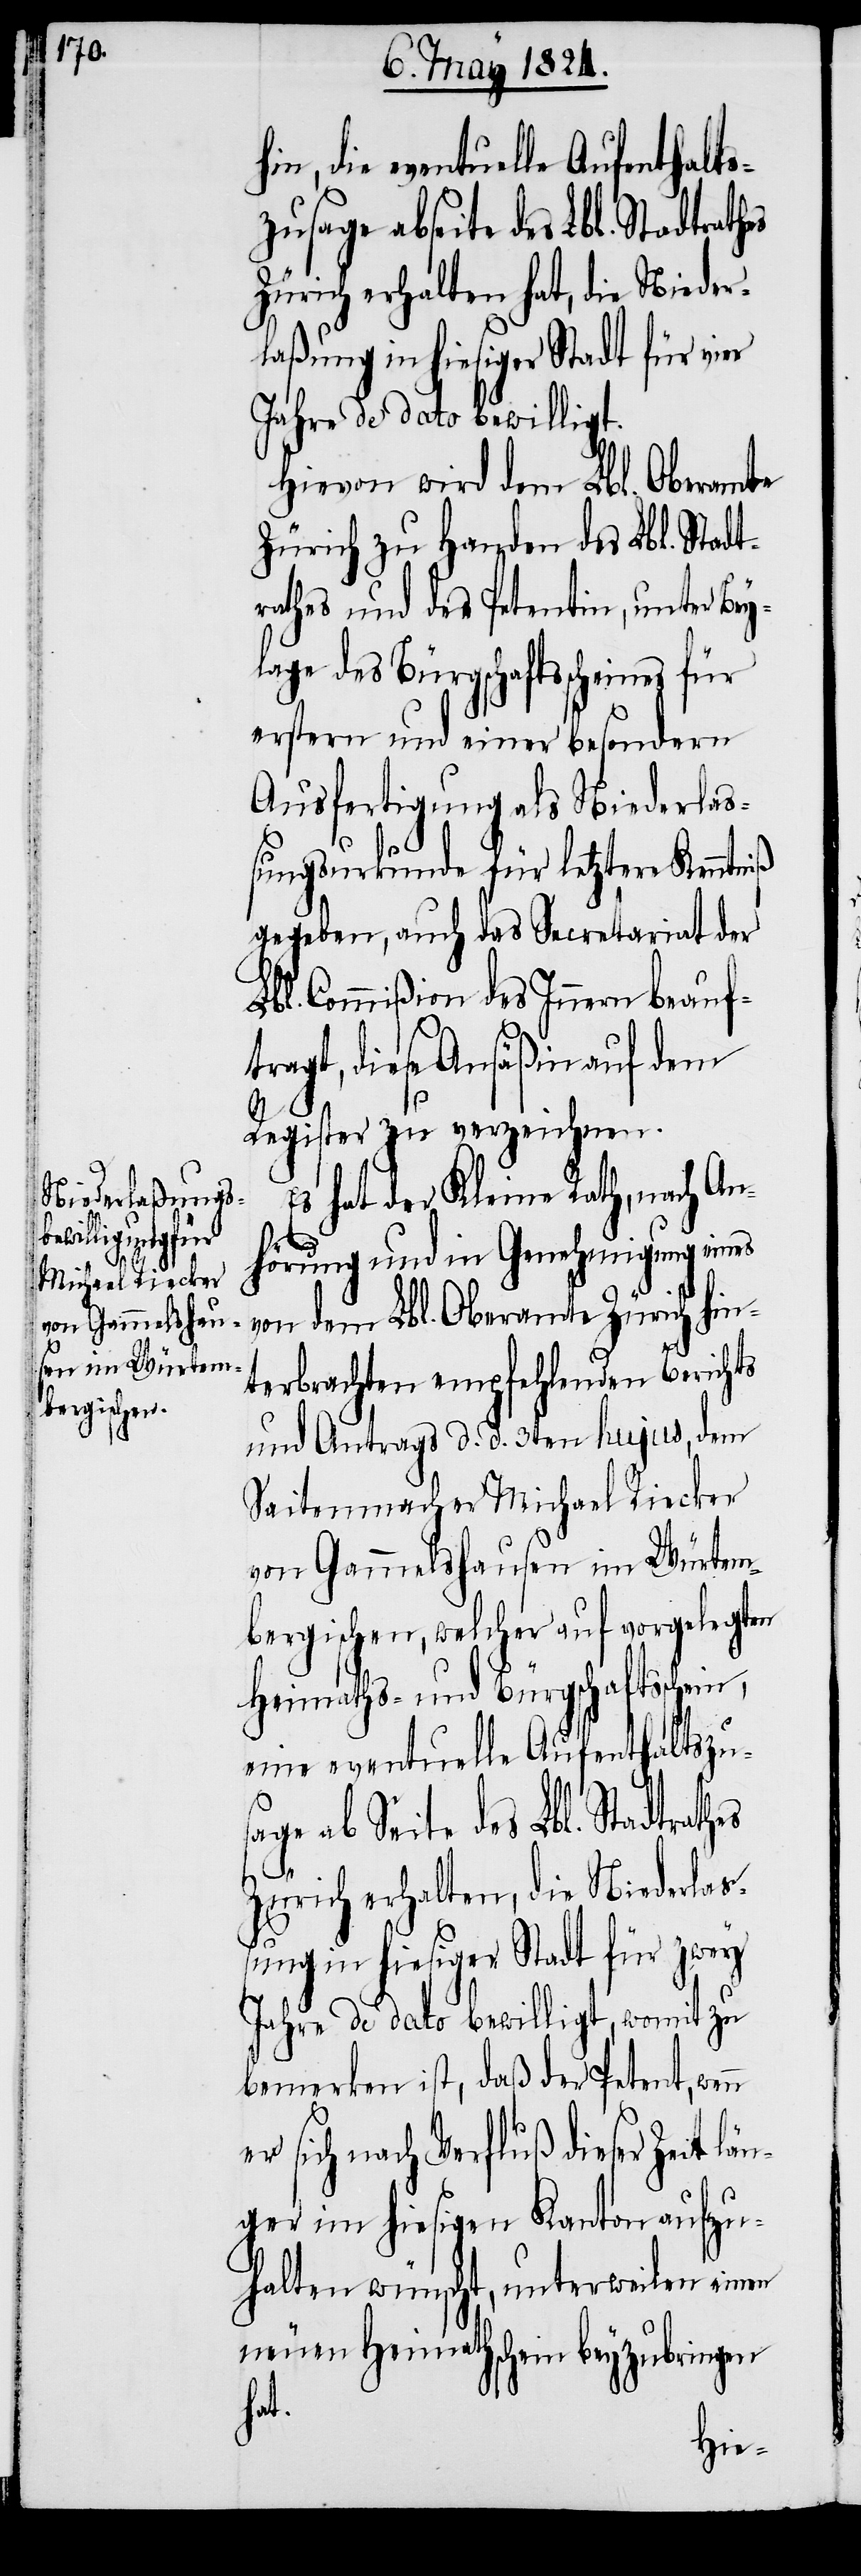
hin, die eventuelle Aufenthalt¬
Zürich erhalten hat, die Nieder¬
laßung in hiesiger Stadt für vier
Jahre de dato bewilligt.
Hievon wird dem Lbl. Oberamte
Zürich zu Handen des Lbl. Stadt¬
rathes und der Petentin, unter Bey¬
lage des Bürgschaftsscheines für
erstern und einer besondern
Ausfertigung als Niederlaß¬
ungsurkunde für letztere Kenntniß
gegeben, auch das Secretariat der
Lbl. Commißion des Innern beauf¬
tragt, diese Ansäßin auf dem
Register zu verzeichnen.
Es hat der Kleine Rath, nach An¬
n e¬
hörung und in Genehmigung eines
von dem Lbl. Oberamte Zürich hin¬
terbrachten empfehlenden Berichts
und Antrags d. d. 3ten hujus, dem
Saitenmacher Michael Riecker
von Gammelshausen im Würtem¬
bergischen, welcher auf vorgelegten
Heimaths- und Bürgschaftsschei¬
eine eventuelle Aufenthaltszu¬
sage ab Seite des Lbl. Stadtrath¬
Zürich erhalten, die Niederla¬
ßung in hiesiger Stadt für zwey
Jahre de dato bewilligt, womit zu
bemerken ist, daß der Petent, wen¬
r sich nach Verfluß dieser Zeit lä¬
nger im hiesigen Kanton aufzu¬
halten wünscht, unterweilen einen
neuen Heimathschein beyzubringen
hat.